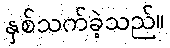
နှစ်သက်ခဲ့သည်။